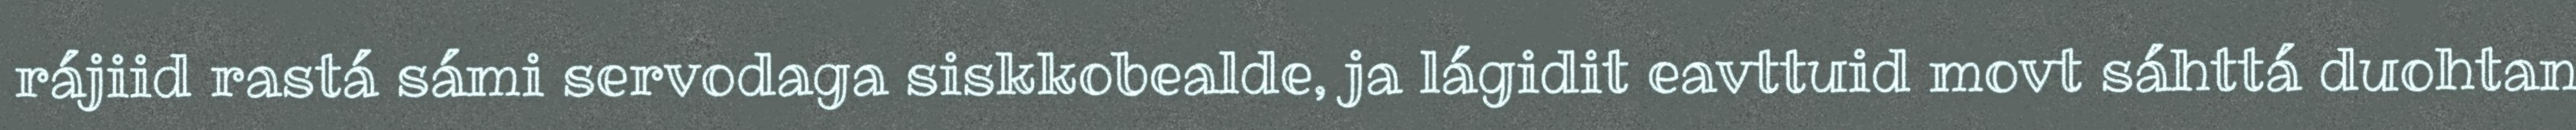
rájiid rastá sámi servodaga siskkobealde, ja lágidit eavttuid movt sáhttá duohtan